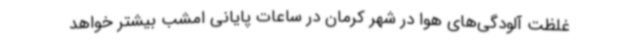
غلظت آلودگی‌های هوا در شهر کرمان در ساعات پایانی امشب بیشتر خواهد